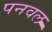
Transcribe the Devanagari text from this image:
पनवल